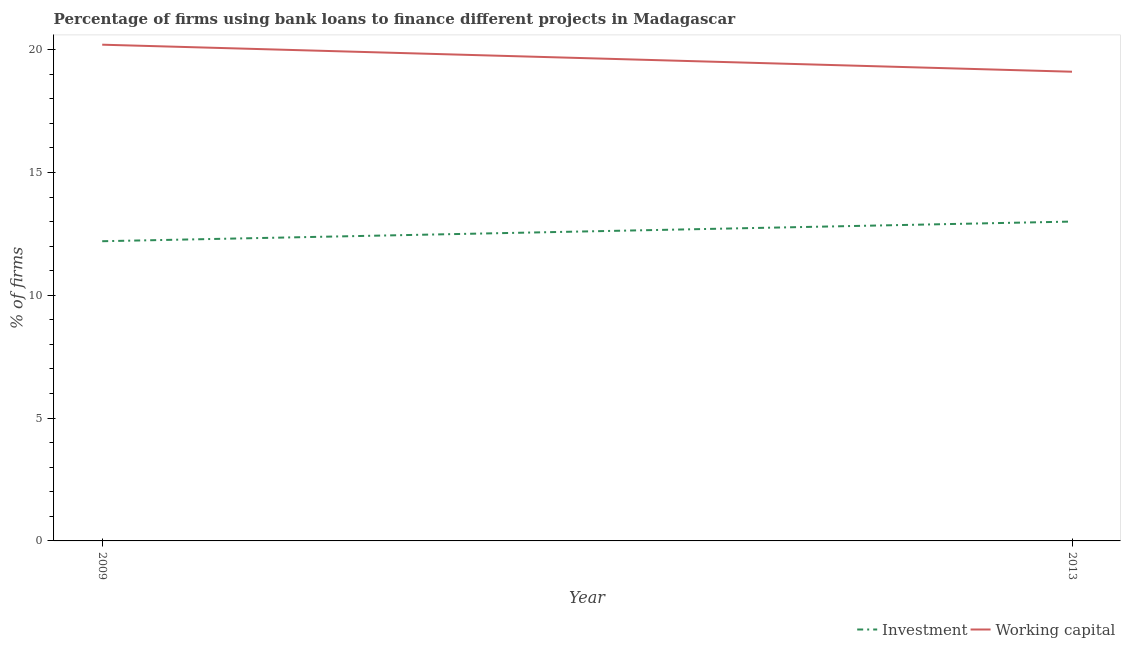
| Year | Investment | Working capital |
 | --- | --- | --- |
 | 2009 | 12.2 | 20.2 |
 | 2013 | 13 | 19.1 |